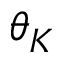
\theta _ { K }